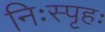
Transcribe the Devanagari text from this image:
निःस्पृहः